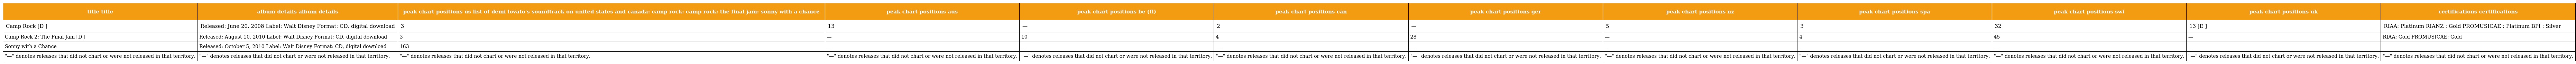
| title title | album details album details | peak chart positions us list of demi lovato's soundtrack on united states and canada: camp rock: camp rock: the final jam: sonny with a chance | peak chart positions aus | peak chart positions be (fl) | peak chart positions can | peak chart positions ger | peak chart positions nz | peak chart positions spa | peak chart positions swi | peak chart positions uk | certifications certifications |
 | --- | --- | --- | --- | --- | --- | --- | --- | --- | --- | --- | --- |
 | Camp Rock [D ] | Released: June 20, 2008 Label: Walt Disney Format: CD, digital download | 3 | 13 | — | 2 | — | 5 | 3 | 32 | 13 [E ] | RIAA: Platinum RIANZ : Gold PROMUSICAE : Platinum BPI : Silver |
 | Camp Rock 2: The Final Jam [D ] | Released: August 10, 2010 Label: Walt Disney Format: CD, digital download | 3 | — | 10 | 4 | 28 | — | 4 | 45 | — | RIAA: Gold PROMUSICAE: Gold |
 | Sonny with a Chance | Released: October 5, 2010 Label: Walt Disney Format: CD, digital download | 163 | — | — | — | — | — | — | — | — |  |
 | "—" denotes releases that did not chart or were not released in that territory. | "—" denotes releases that did not chart or were not released in that territory. | "—" denotes releases that did not chart or were not released in that territory. | "—" denotes releases that did not chart or were not released in that territory. | "—" denotes releases that did not chart or were not released in that territory. | "—" denotes releases that did not chart or were not released in that territory. | "—" denotes releases that did not chart or were not released in that territory. | "—" denotes releases that did not chart or were not released in that territory. | "—" denotes releases that did not chart or were not released in that territory. | "—" denotes releases that did not chart or were not released in that territory. | "—" denotes releases that did not chart or were not released in that territory. | "—" denotes releases that did not chart or were not released in that territory. |